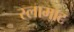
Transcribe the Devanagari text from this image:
स्लामाट